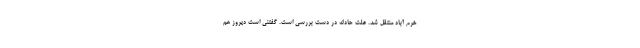
خرم آباد منتقل شد. علت حادثه در دست بررسی است. گفتنی است دیروز هم